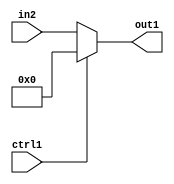
`timescale 1ps / 1ps
/*****************************************************************************
    Verilog RTL Description
    
    
    Created by: Stratus DpOpt 21.05.01 
*******************************************************************************/

module dut_N_Mux_5_2_49_1 (
	in2,
	ctrl1,
	out1
	); /* architecture "behavioural" */ 
input [4:0] in2;
input  ctrl1;
output [4:0] out1;
wire [4:0] asc001;

reg [4:0] asc001_tmp_0;
assign asc001 = asc001_tmp_0;
always @ (ctrl1 or in2) begin
	case (ctrl1)
		1'B1 : asc001_tmp_0 = 5'B00000 ;
		default : asc001_tmp_0 = in2 ;
	endcase
end

assign out1 = asc001;
endmodule

/* CADENCE  uLT1Tws= : u9/ySxbfrwZIxEzHVQQV8Q== ** DO NOT EDIT THIS LINE ******/